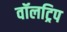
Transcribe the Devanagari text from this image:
वॉलट्रिप